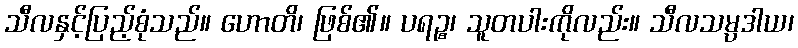
သီလနှင့်ပြည့်စုံသည်။ ဟောတိ၊ ဖြစ်၏။ ပရဉ္စ၊ သူတပါးကိုလည်း။ သီလသမ္ပဒါယ၊